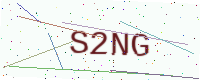
Text: S2NG